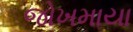
જોખમાયા